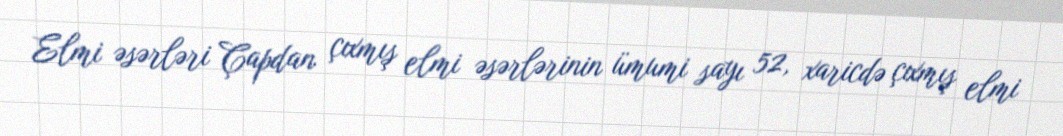
Elmi əsərləri Çapdan çıxmış elmi əsərlərinin ümumi sayı 52, xaricdə çıxmış elmi